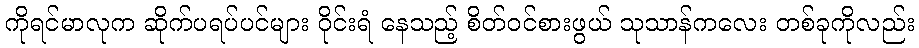
ကိုရင်မာလုက ဆိုက်ပရပ်ပင်များ ဝိုင်းရံ နေသည့် စိတ်ဝင်စားဖွယ် သုသာန်ကလေး တစ်ခုကိုလည်း